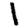
Digit: 1